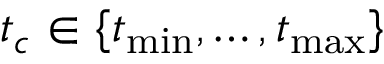
t _ { c } \in \{ t _ { \operatorname* { m i n } } , \dots , t _ { \operatorname* { m a x } } \}